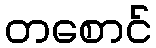
တစောင်